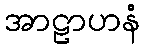
အာဠာဟနံ